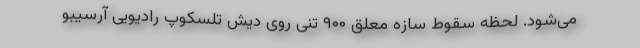
می‌شود. لحظه سقوط سازه معلق ۹۰۰ تنی روی دیش تلسکوپ رادیویی آرسیبو